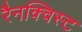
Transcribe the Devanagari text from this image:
रैनक्विस्ट